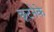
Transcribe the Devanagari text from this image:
छूटनेके